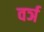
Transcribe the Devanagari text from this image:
वर्ञ